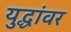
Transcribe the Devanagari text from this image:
युद्धांवर